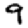
Digit: 9